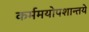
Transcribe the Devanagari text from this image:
कर्ममयोपशान्तये